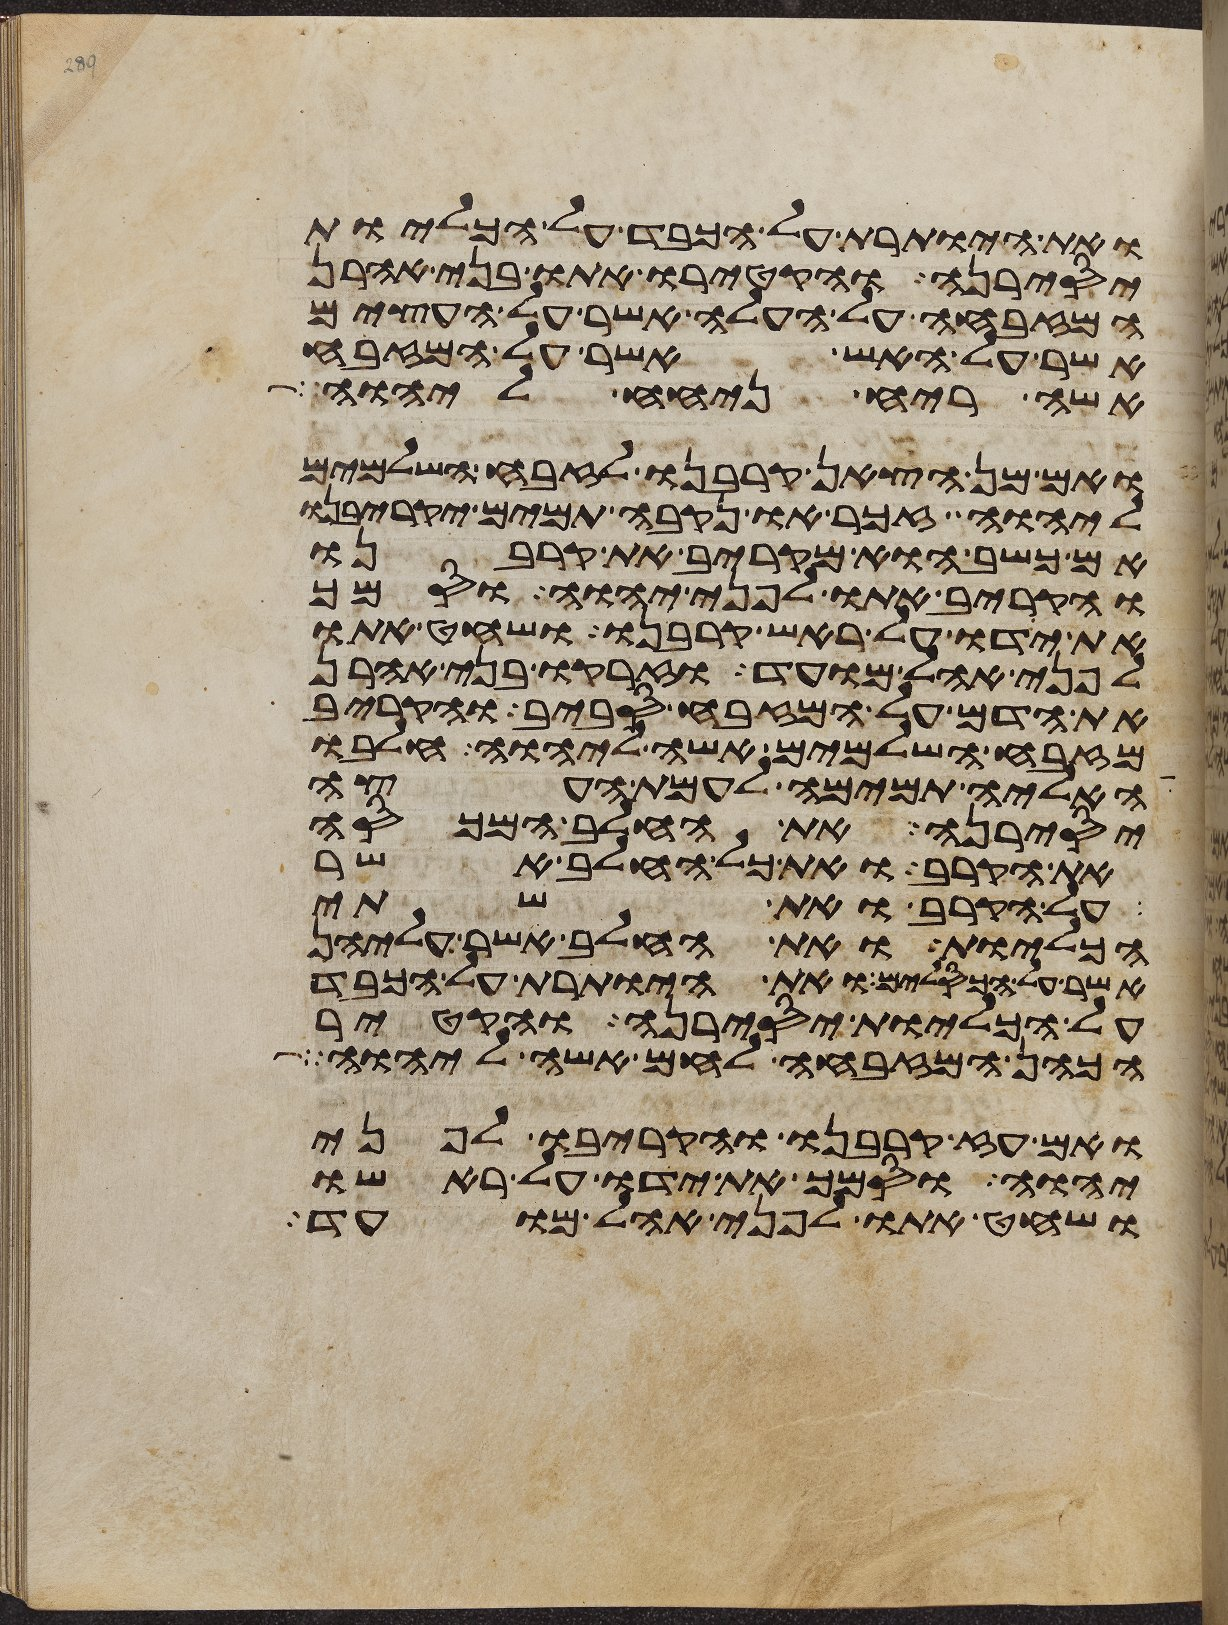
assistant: ואת היותרת על הכבד על הכליות
יסירנה והקטירו אתו בני אהרן
המזבחה על העלה אשר על העצים
אשר על האש אשר על המזבח
אשה ריח ניחח ליהוה
ואם מן הצאן קרבנו לזבח השלמים
ליהוה זכר או נקבה תמים יקריבנו
אם כשב הוא מקריב את קרבנו
והקריב אתו לפני יהוה וסמך
את ידו על ראש קרבנו ושחט אתו
לפני אהל מועד וזרקו בני אהרן
את הדם על המזבח סביב והקריב
מזבח השלמים אשה ליהוה חלבו
האליה תמימה לעמת העצה
יסירנה את החלב המכסה
את הקרב ואת כל החלב אשר
על הקרב ואת שתי
הכליות ואת החלב אשר עליהן
אשר על הכסלים ואת היותרת על הכבד
על הכליות יסירנה והקטיר
הכהן המזבחה לחם אשה ליהוה
ואם עז קרבנו והקריבו לפני
יהוה וסמך את ידו על ראשו
ושחט אתו לפני אהל מועד